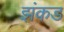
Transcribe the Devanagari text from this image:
झंकड